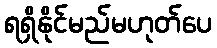
ရရှိနိုင်မည်မဟုတ်ပေ